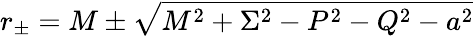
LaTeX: r_{\pm}=M\pm\sqrt{M^{2}+\Sigma^{2}-P^{2}-Q^{2}-a^{2}}